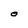
Character: O